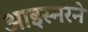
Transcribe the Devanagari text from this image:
आइस्नरने